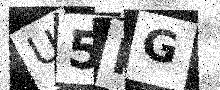
Text: U5PG